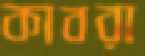
কাবরা